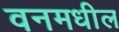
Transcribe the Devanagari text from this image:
वनमधील